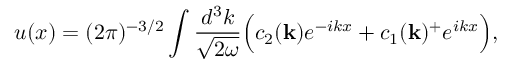
u ( x ) = ( 2 \pi ) ^ { - 3 / 2 } \int \frac { d ^ { 3 } k } { \sqrt { 2 \omega } } \Bigl ( c _ { 2 } ( { \bf { k } } ) e ^ { - i k x } + c _ { 1 } ( { \bf { k } } ) ^ { + } e ^ { i k x } \Bigr ) ,